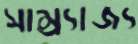
সাম্র্যাজ্য